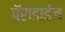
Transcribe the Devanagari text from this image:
पॅराडाईज